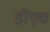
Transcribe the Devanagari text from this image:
डीएच